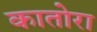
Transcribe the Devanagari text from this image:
कातोरा